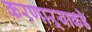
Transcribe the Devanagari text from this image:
करणाऱ्याकडे